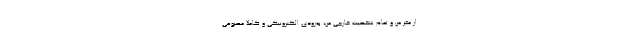
از مغز من و تمام شخصیت خارجی من، به‌زودی الکترونیکی و کاملا مصنوعی